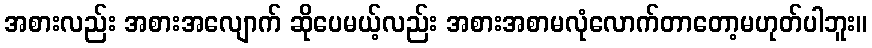
အစားလည်း အစားအလျောက် ဆိုပေမယ့်လည်း အစားအစာမလုံလောက်တာတော့မဟုတ်ပါဘူး။